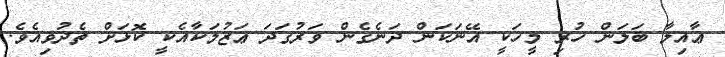
ޢާއިލާ ބަލަން ހުރި މީހަކީ އޭނަކަން ދަނެގެން ވަރުގަދަ ޢަޒުމަކާއެކީ ކޮޅަށް ތެދުވިއެވެ.